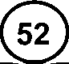
(52)